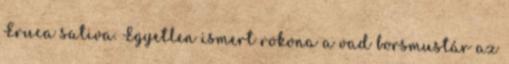
Eruca sativa. Egyetlen ismert rokona a vad borsmustár az